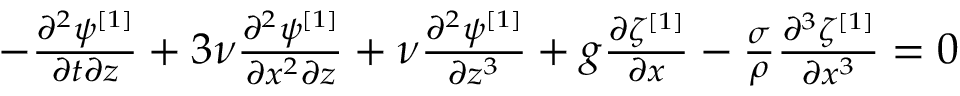
\begin{array} { r } { - \frac { \partial ^ { 2 } \psi ^ { [ 1 ] } } { \partial t \partial z } + 3 \nu \frac { \partial ^ { 2 } \psi ^ { [ 1 ] } } { \partial x ^ { 2 } \partial z } + \nu \frac { \partial ^ { 2 } \psi ^ { [ 1 ] } } { \partial z ^ { 3 } } + g \frac { \partial \zeta ^ { [ 1 ] } } { \partial x } - \frac { \sigma } { \rho } \frac { \partial ^ { 3 } \zeta ^ { [ 1 ] } } { \partial x ^ { 3 } } = 0 } \end{array}